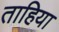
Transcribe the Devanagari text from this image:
ताहिया